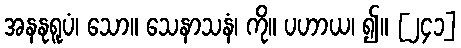
အနနုရူပံ၊ သော။ သေနာသနံ၊ ကို။ ပဟာယ၊ ၍။ [၂၄၁]